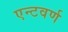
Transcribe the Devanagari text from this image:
एन्टवर्ण